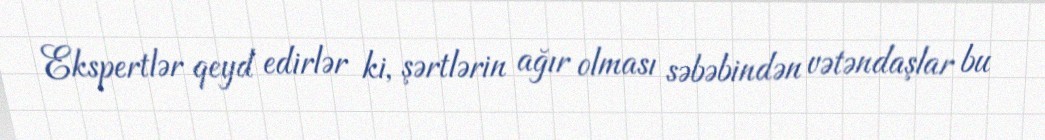
Ekspertlər qeyd edirlər ki, şərtlərin ağır olması səbəbindən vətəndaşlar bu